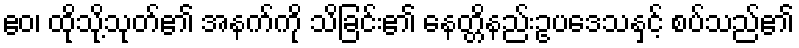
ဧဝ၊ ထိုသို့သုတ်၏ အနက်ကို သိခြင်း၏ နေတ္တိနည်းဥပဒေသနှင့် စပ်သည်၏